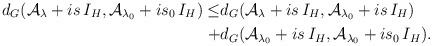
LaTeX: \begin{align*}d_G(\mathcal{A}_\lambda+is\, I_H,\mathcal{A}_{\lambda_0}+is_0\, I_H)\leq& d_G(\mathcal{A}_\lambda+is\, I_H,\mathcal{A}_{\lambda_0}+is\, I_H)\\+&d_G(\mathcal{A}_{\lambda_0}+is\, I_H,\mathcal{A}_{\lambda_0}+is_0\, I_H).\end{align*}